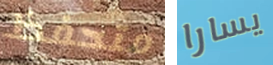
متحفظ يسارا